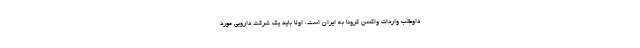
داوطلب واردات واکسن کرونا به ایران است، اولا باید یک شرکت دارویی مورد